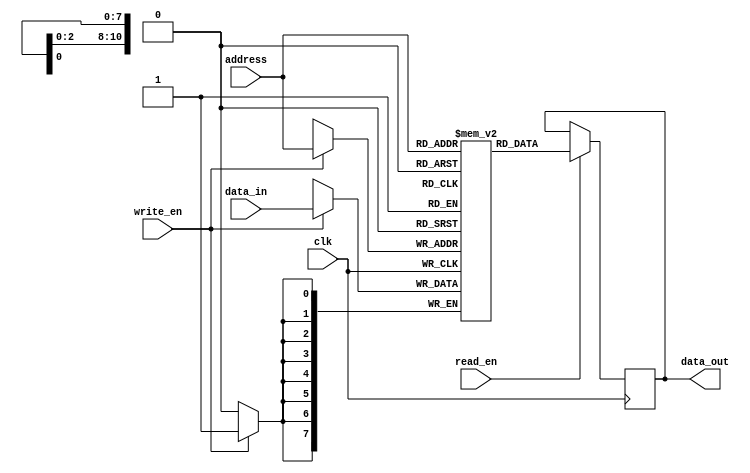
module eprom (
  input wire clk,
  input wire write_en,
  input wire read_en,
  input wire [10:0] address,
  input wire [7:0] data_in,
  output reg [7:0] data_out
);

reg [7:0] memory [0:2047];

always @(posedge clk) begin
  if (write_en) begin
    memory[address] <= data_in;
  end

  if (read_en) begin
    data_out <= memory[address];
  end
end

endmodule